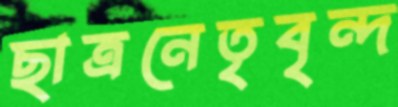
ছাত্রনেতৃবৃন্দ